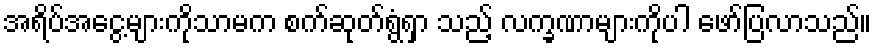
အရိပ်အငွေ့များကိုသာမက စက်ဆုတ်ရွံရှာ သည့် လက္ခဏာများကိုပါ ဖော်ပြလာသည်။